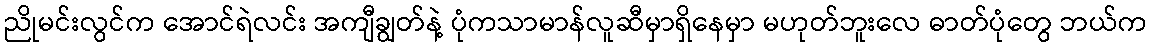
ညိုမင်းလွင်က အောင်ရဲလင်း အကျီချွတ်နဲ့ ပုံကသာမာန်လူဆီမှာရှိနေမှာ မဟုတ်ဘူးလေ ဓာတ်ပုံတွေ ဘယ်က